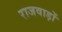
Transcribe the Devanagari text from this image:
राजवाड़ों